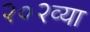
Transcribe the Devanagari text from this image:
२०२व्या